Vaccination United Provinces of Agra and Oudh 1923-1928 - 1923-1928
Year: 1923
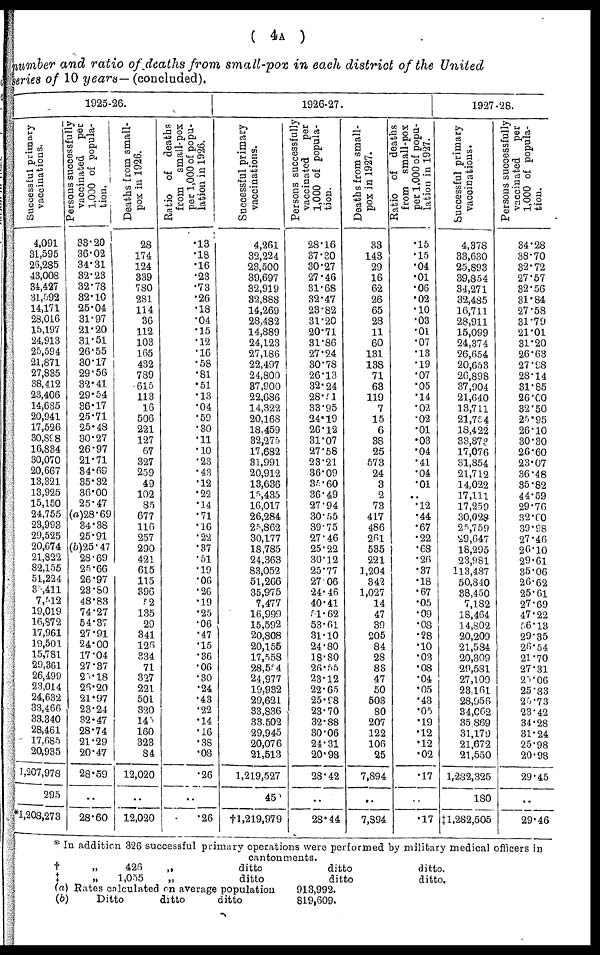
( 4A )
number and ratio of deaths from small-pox in each district of the United
series of 10 years— (concluded).
1925-26.
S uccessful primary
vaccinations.
4,091
31,595
26,285
43,008
34,427
31,592
14,171
28,016
15,197
24,913
25,594
21,871
27,835
38,412
23,406
14,635
20,941
17,526
30,898
16,834
30,070
20,667
13,321
13,925
15,150
24,755
23,993
29,525
20,674
21,822
82,155
51,224
35,411
7,512
19,019
16,872
17,961
19,501
15,781
29,361
26,499
23,014
24,632
33,466
33,340
28,461
17,685
20,935
1,207,978
295
*1,208,273
Persons successfully
vaccinated
per
1,000 of popula-
tion.
33.20
36.02
34.31
32.23
32.78
32.10
25.04
31.97
21.20
31.51
26.55
30.17
29.56
32.41
29.54
36.17
25.71
25.48
30.27
26.97
21.71
34.69
35.32
36.00
25.47
(a)28.69
34.38
25.91
(b)25.47
28.69
25.66
26.97
23.80
48.83
74.27
54.37
27.91
24.00
17.04
27.37
23.18
26.20
21.97
23.24
32.47
28.74
21.29
20.47
28.59
..
28.60
Deaths from small-
pox in 1926.
28
174
124
339
780
281
114
36
112
103
165
432
789
615
113
16
506
221
127
67
327
259
49
102
85
677
116
257
290
421
615
115
396
52
135
29
341
126
334
71
327
221
501
320
145
160
323
84
12,020
..
12,020
Ratio of deaths
from small-pox
per 1,000 of popu-
lation in 1926.
.13
.18
.16
.23
.73
.26
.18
.04
.15
.12
.16
.58
.81
.51
.13
.04
.59
.30
.11
.10
.23
.43
.12
.22
.14
.71
.16
.22
.37
.51
.19
.06
.26
.19
.25
.06
.47
.15
.36
.06
.30
.24
.43
.22
.14
.16
.38
.08
.26
..
.26
1926-27.
Successful primary
vaccinations.
4,261
32,224
23,500
39,697
32,919
32,888
14,269
28,482
14,889
24,123
27,186
22,497
24,800
37,900
22,686
14,322
20,168
18,459
32,275
17,682
31,991
20,912
13,636
15,435
16,017
26,284
25,862
30,177
18,785
24,363
83,052
51,266
35,975
7,477
16,999
15,592
20,808
20,155
17,558
28,554
24,977
19,932
29,621
33,836
33,502
29,945
20,076
21,513
1,219,527
45
†1,219,979
Persons successfully
vaccinated
per
1,000 of popula-
tion.
28.16
37.30
30.27
27.46
31.68
32.47
23.82
31.20
20.71
31.86
27.24
30.78
26.13
32.24
28.51
33.95
24.19
26.12
31.07
27.58
23.21
36.09
35.60
36.49
27.94
30.55
39.75
27.46
25.22
30.12
25.77
27.06
24.46
40.41
51.62
53.61
31.10
24.80
18.80
26.55
23.12
22.65
25.98
23.70
32.88
30.06
24.31
20.98
28.42
..
28.44
Deaths from small-
pox in 1927.
33
143
29
16
62
26
65
28
11
60
131
138
71
63
119
7
15
6
38
25
573
24
3
2
73
417
486
261
535
221
1,204
342
1,027
14
47
39
205
84
28
83
47
50
503
80
207
122
106
25
7,894
..
7,894
Ratio of deaths
from small-pox
per 1,000 of popu-
lation in 1927.
.15
.15
.04
.01
.06
.02
.10
.03
.01
.07
.13
.19
.07
.05
.14
.02
.02
.01
.03
.04
.41
.04
.01
..
.12
.44
.67
.22
.68
.26
.37
.18
.67
.05
.09
.08
.28
.10
.03
.08
.04
.05
.43
.05
.19
.12
.12
.02
.17
..
.17
1927-28.
Successful primary
vaccinations.
4,378
33,630
25,893
39,854
34,271
32,485
16,711
28,911
15,099
24,374
26,654
20,653
26,898
37,904
21,640
13,711
21,754
18,422
33,873
17,076
31,854
21,712
14,022
17,111
17,259
30,028
25,759
29,647
18,295
23,981
113,487
50,840
38,450
7,182
18,464
14,802
20,209
21,584
20,309
29,581
27,109
23,161
28,956
34,062
35,869
31,179
21,672
21,550
1,282,325
180
‡1,282,505
Persons successfully
vaccinated
per
1,000 of popula-
tion.
34.28
38.70
32.72
27.57
32.56
31.84
27.58
31.79
21.01
31.20
26.63
27.98
28.14
31.85
26.00
32.50
25.95
26.10
30.30
26.60
23.07
36.48
35.82
44.59
29.76
32.00
39.98
27.46
26.10
29.61
35.06
26.62
25.61
27.69
47.22
56.13
29.35
26.54
21.70
27.31
25.06
25.83
25.73
23.42
34.28
31.24
25.98
20.98
29.45
..
29.46
* In addition 326 successful primary operations were performed by military medical officers in
cantonments.
†
„
426
„
ditto
ditto
ditto.
‡
„
1,055
„
ditto
ditto
ditto.
(a) Rates calculated on average population
913,992.
(b)
Ditto
ditto
ditto
819,609.